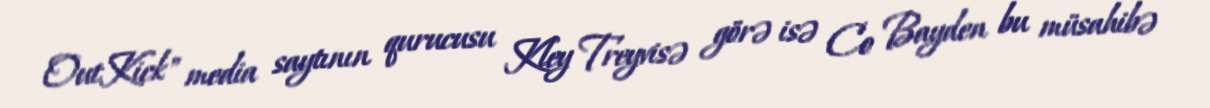
OutKick" media saytının qurucusu Kley Treyvisə görə isə Co Bayden bu müsahibə